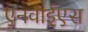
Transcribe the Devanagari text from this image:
एनवाईएस